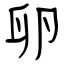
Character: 卵